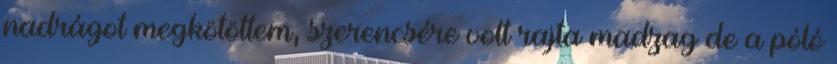
nadrágot megkötöttem, szerencsére volt rajta madzag de a póló